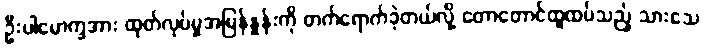
ဦးပါမောက္ခအား ထုတ်လုပ်မှုအမြန်နှုန်းကို တက်ရောက်ခဲ့တယ်လို့ တောတောင်ထူထပ်သည့် သားသေ